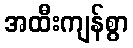
အထီးကျန်စွာ